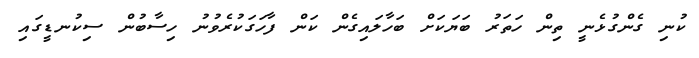
ކުނި ގެންގުޅެނީ ތިން ހަތަރު ބަޔަކަށް ބަހާލައިގެން ކަން ފާހަގަކުރެވުނު ހިސާބުން ސިކުނޑީގައި